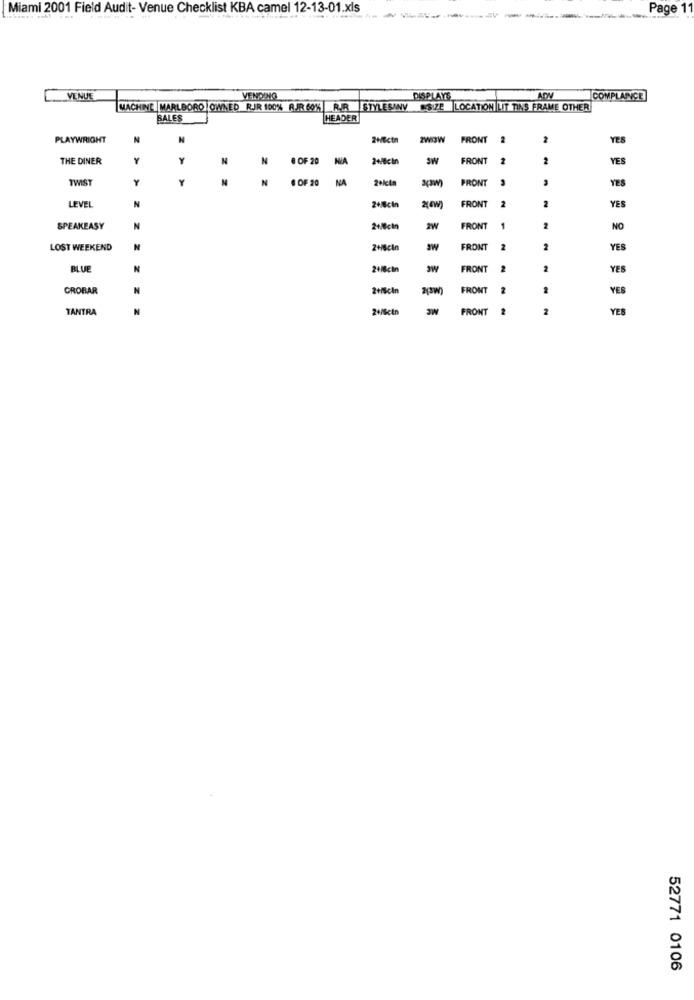
Miami 2001 Field Audit- Venue Checklist KBA camel 12-13-01.xls
Page
.VENUE
VENDANO
DISPLAYS
ADM
COMPLAINCE
MACHINE MARLBORO OWNED RIR 100% RJR.60% R.R STYLESANY SIZE LOCATION LIT TINS FRAME OTHER
BALES
HEADER
PLAYWRIGHT
N
2Hctn
2WOW
FRONT
2
2
YES
THE DINER
Y
Y
M
N
8 OF 20
2+/8cin
FRONT
2
2
YES
TWIST
Y
Y
N
6 OF 20
NA
FRONT
YES
LEVEL
N
24W
FRONT
2
2+8cin
YES
SPEAKEASY
21/8cl
2W
FRONT
NO
LOST WEEKEND
2+/6cl
FRONT
2
2
YES
BLUE
24/8cln
FRONT
2
YES
CROBAR
2+/5cln
FRONT
2
YES
MC
TANTRA
2+/Gcin
FRONT
2
YES
52771 0106